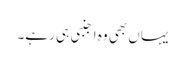
یہاں بھی وہ اجنبی ہی رہے۔